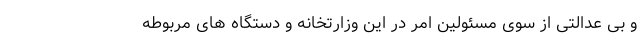
و بی عدالتی از سوی مسئولین امر در این وزارتخانه و دستگاه های مربوطه